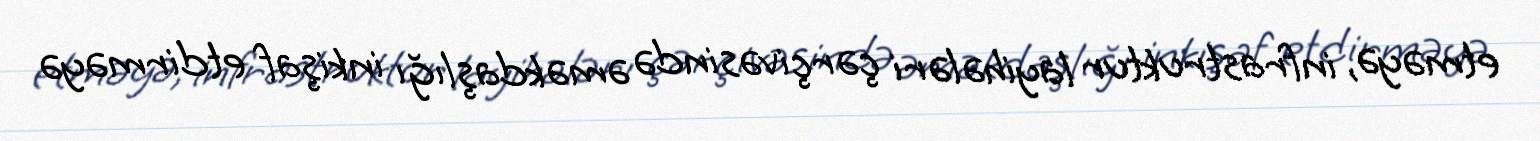
etməyə, infrastruktur layihələri çərçivəsində əməkdaşlığı inkişaf etdirməyə